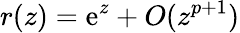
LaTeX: r(z)={\textrm{e}}^{z}+O(z^{p+1})